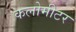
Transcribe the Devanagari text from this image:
कलोमीटर